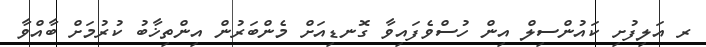
ރ އަލިފުށި ކައުންސިލް އިން ހުސްވެފައިވާ ގޮނޑިއަށް މެންބަރުން އިންތިޚާބު ކުރުމަށް ބާއްވާ